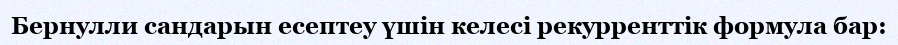
Бернулли сандарын есептеу үшін келесі рекурренттік формула бар: